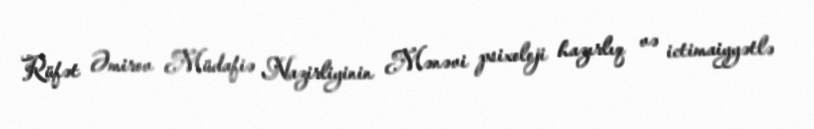
Rüfət Əmirov Müdafiə Nazirliyinin Mənəvi psixoloji hazırlıq və ictimaiyyətlə